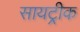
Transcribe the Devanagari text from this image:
सायट्रीक